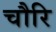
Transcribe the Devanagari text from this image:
चौरि